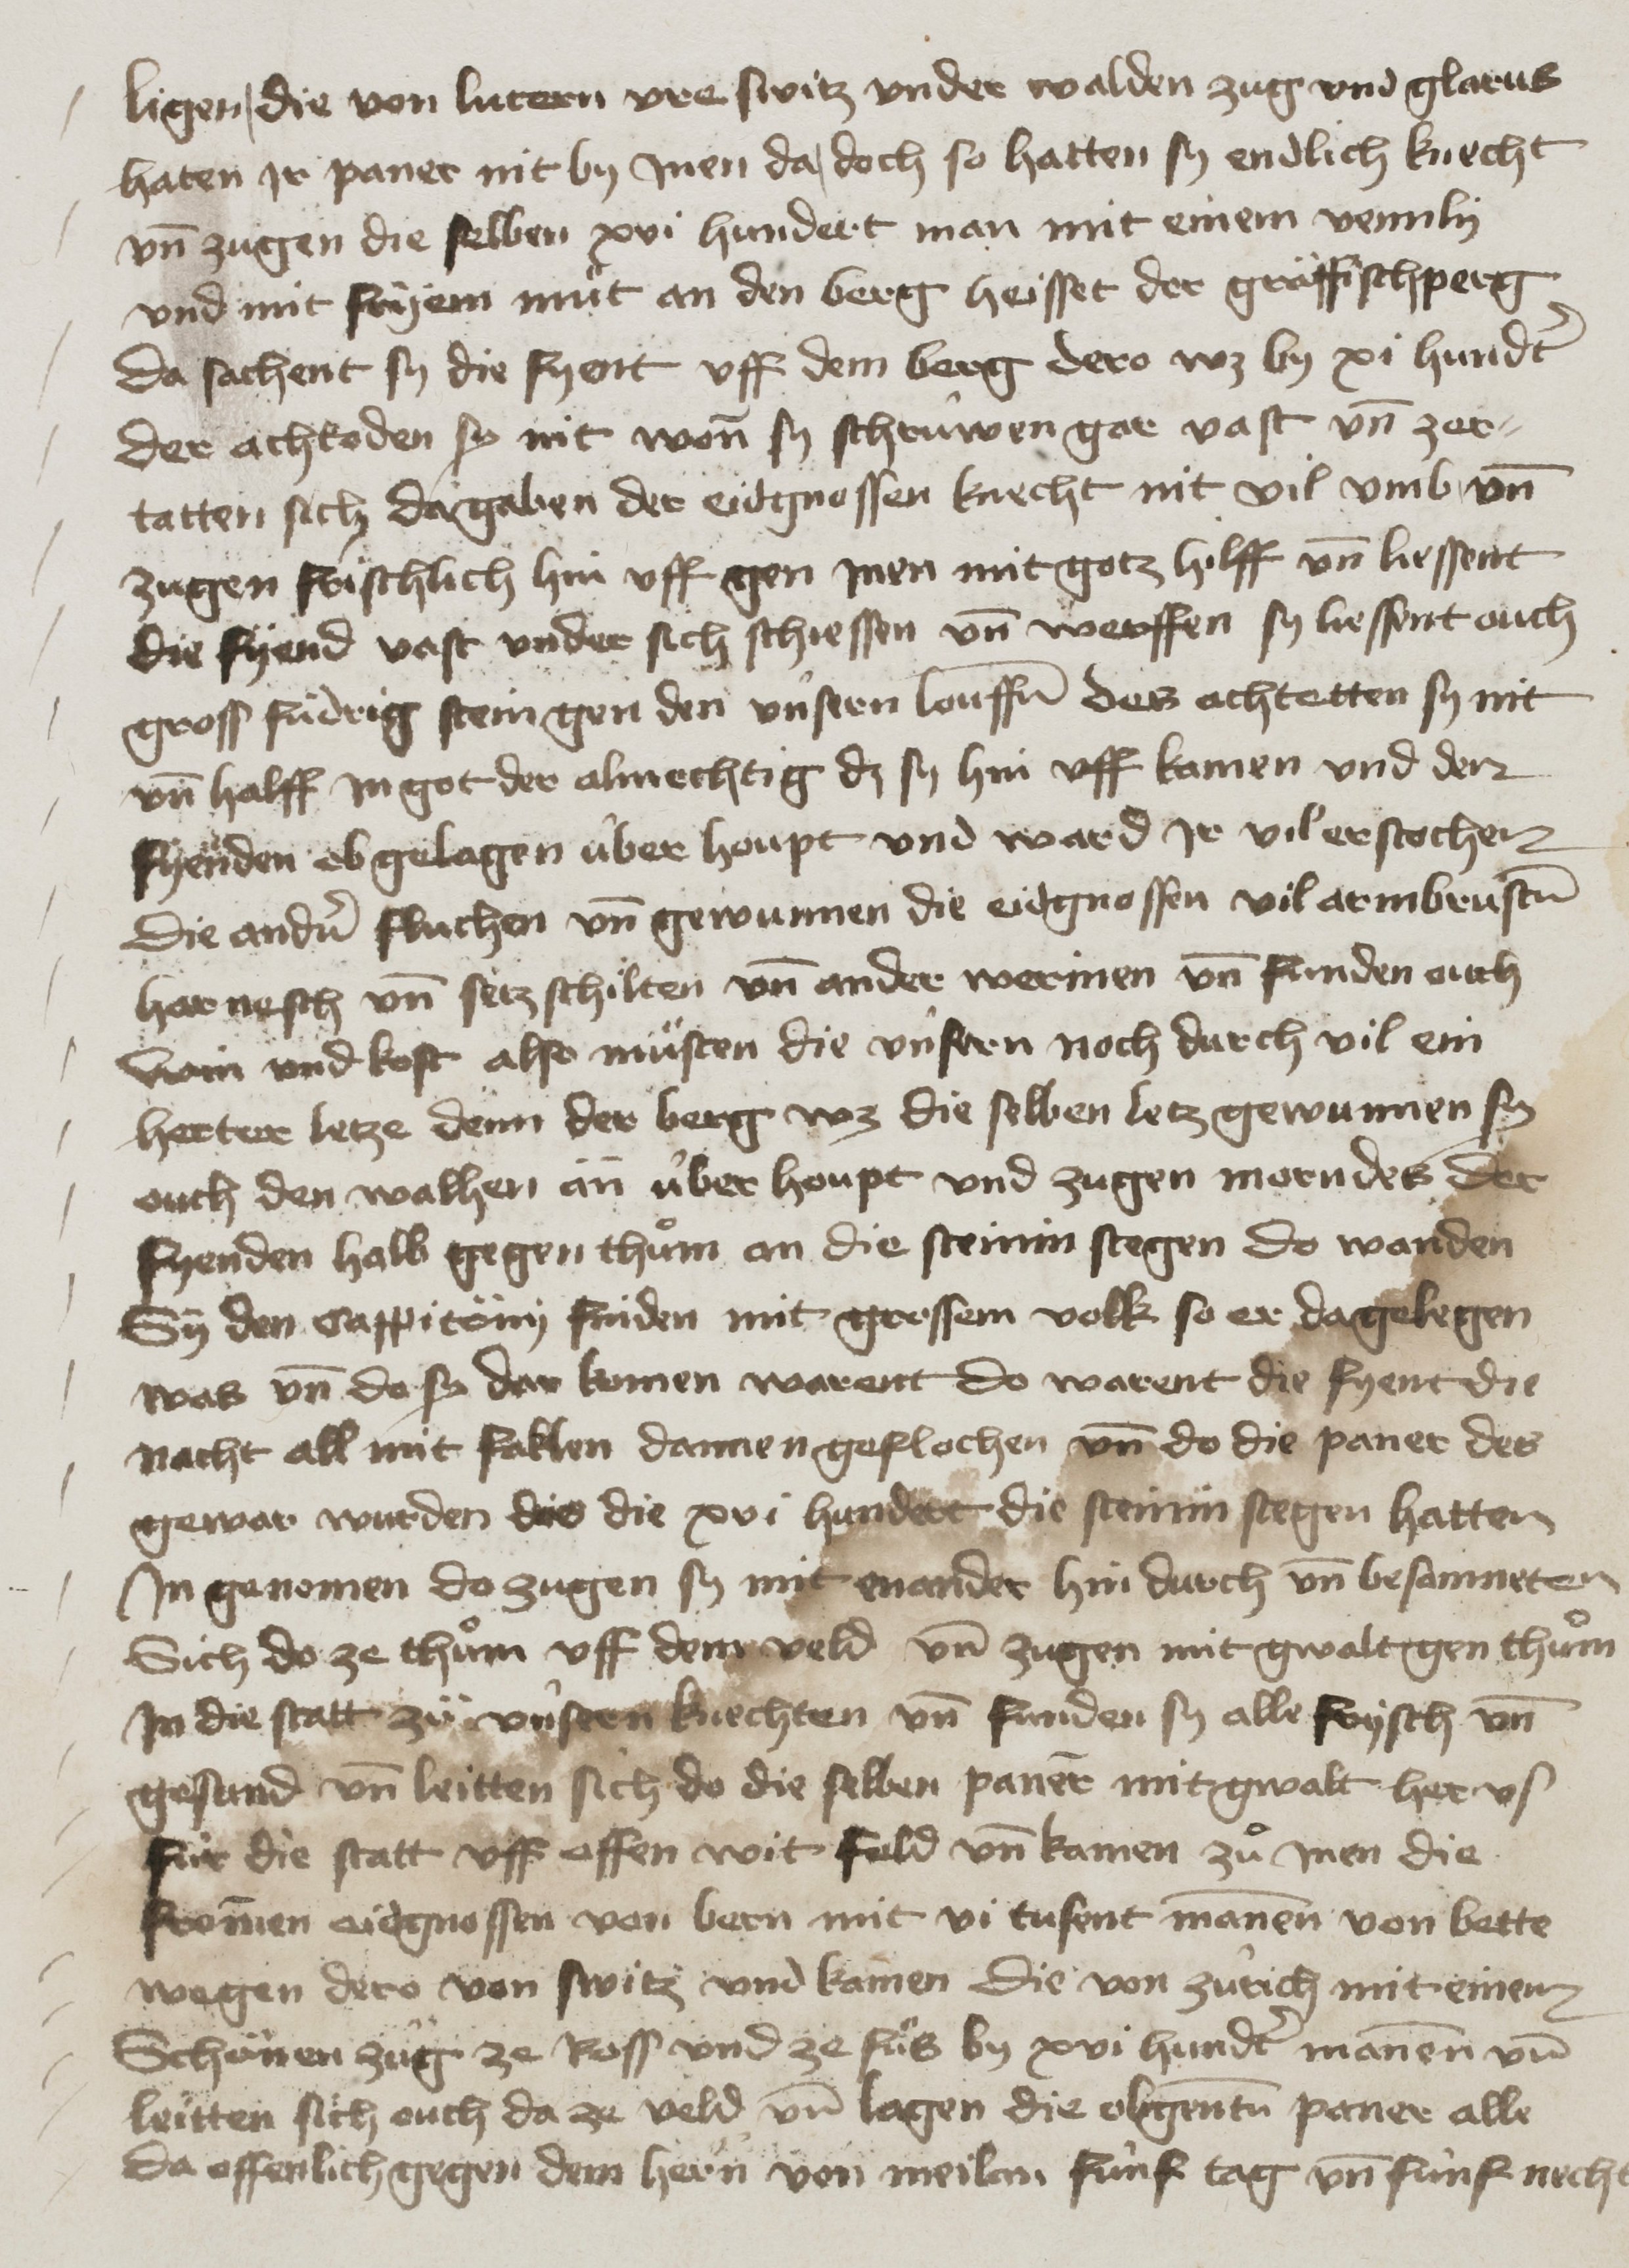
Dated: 1400–1499